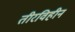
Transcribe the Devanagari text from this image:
तीरविहीन